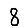
Digit: 8